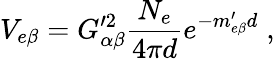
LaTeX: V_{e\beta}=G_{\alpha\beta}^{\prime 2}\frac{N_{e}}{4\pi d}e^{-m_{e\beta}^{\prime}d}\; ,